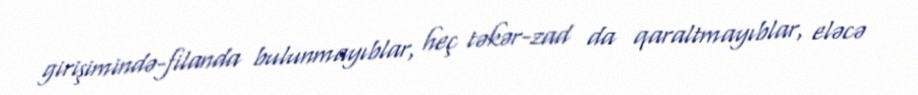
girişimində-filanda bulunmayıblar, heç təkər-zad da qaraltmayıblar, eləcə